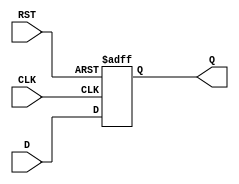
module InputRegister (
    input wire D,        // Data input
    input wire CLK,      // Clock signal
    input wire RST,      // Asynchronous reset
    output reg Q         // Data output
);

// Asynchronous reset and synchronous data capture
always @(posedge CLK or posedge RST) begin
    if (RST) begin
        Q <= 1'b0;      // Clear the output on reset
    end else begin
        Q <= D;         // Capture the input data on the clock edge
    end
end

endmodule